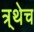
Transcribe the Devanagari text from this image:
त्र्थेच